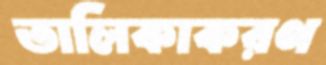
তালিকাকরণ